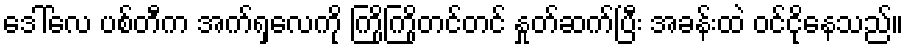
ဒေါ်လေ ပစ်တီက အက်ရှလေကို ကြိုကြိုတင်တင် နှုတ်ဆက်ပြီး အခန်းထဲ ဝင်ငိုနေသည်။